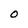
Character: O